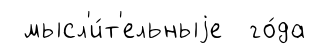
мысл'и́т'ельныjе го́да